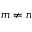
m \ne n